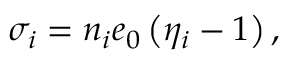
\sigma _ { i } = n _ { i } e _ { 0 } \left( \eta _ { i } - 1 \right) ,